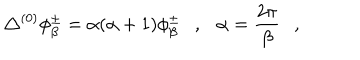
LaTeX: \triangle ^ { ( 0 ) } \phi _ { \beta } ^ { \pm } = \alpha ( \alpha + 1 ) \phi _ { \beta } ^ { \pm } , \alpha = { \frac { 2 \pi } { \beta } } ,